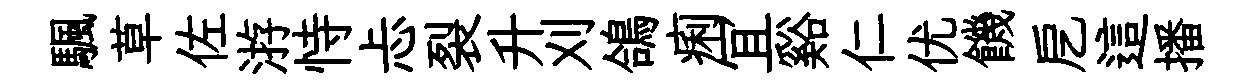
颿草佐㳺恃忐裂升刈鴿痢冝谿仁优饑戹這播